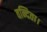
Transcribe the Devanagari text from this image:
वन्दिता।